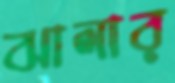
ঝালার